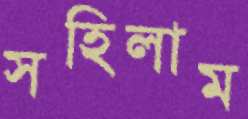
সহিলাম